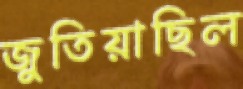
জুতিয়াছিল